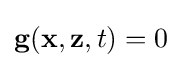
\mathbf {g} (\mathbf {x} ,\mathbf {z} ,t)=0